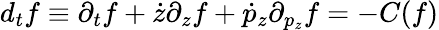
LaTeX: d_{t}f\equiv\partial_{t}f+\dot{z}\partial_{z}f+\dot{p}_{z}\partial_{p_{z}}f=-C(f)